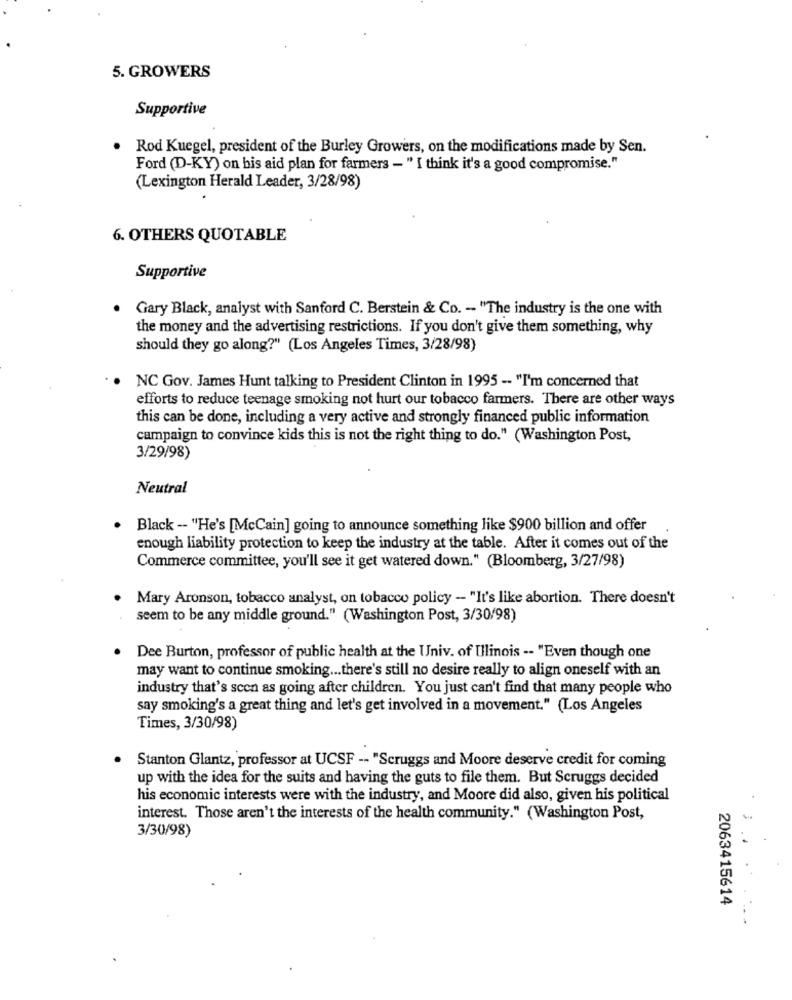
5. GROWERS
Supportive
Rod Kuegel, president of the Burley Growers, on the modifications made by Sen.
Ford (D-KY) on bis aid plan for farmers - " I think it's a good compromise."
(Lexington Herald Leader, 3/28/98)
6. OTHERS QUOTABLE
Supportive
Gary Black, analyst with Sanford C. Berstein & Co. - "The industry is the one with
the money and the advertising restrictions. If you don't give them something, why
should they go along?" (Los Angeles Times, 3/28/98)
NC Gov. James Hunt talking to President Clinton in 1995 -- "I'm concerned that
efforts to reduce teenage smoking not hurt our tobacco farmers. There are other ways
this can be done, including a very active and strongly financed public information
campaign to convince kids this is not the right thing to do." (Washington Post,
3/29/98)
Neutral
Black -- "He's [McCain] going to announce something like $900 billion and offer
enough liability protection to keep the industry at the table. After it comes out of the
Commerce committee, you'll see it get watered down." (Bloomberg, 3/27/98)
Mary Aronson, tobacco analyst, on tobacco policy - "It's like abortion. There doesn't
seem to be any middle ground." (Washington Post, 3/30/98)
Dee Burton, professor of public health at the Univ. of Illinois -- "Even though one
may want to continue smoking ... there's still no desire really to align oneself with an
industry that's scen as going after children. You just can't find that many people who
say smoking's a great thing and let's get involved in a movement." (Los Angeles
Times, 3/30/98)
Stanton Glantz, professor at UCSF -- "Scruggs and Moore deserve credit for coming
up with the idea for the suits and having the guts to file them. But Scruggs decided
his economic interests were with the industry, and Moore did also, given his political
interest. Those aren't the interests of the health community." (Washington Post,
3/30/98)
. 4
2063415614